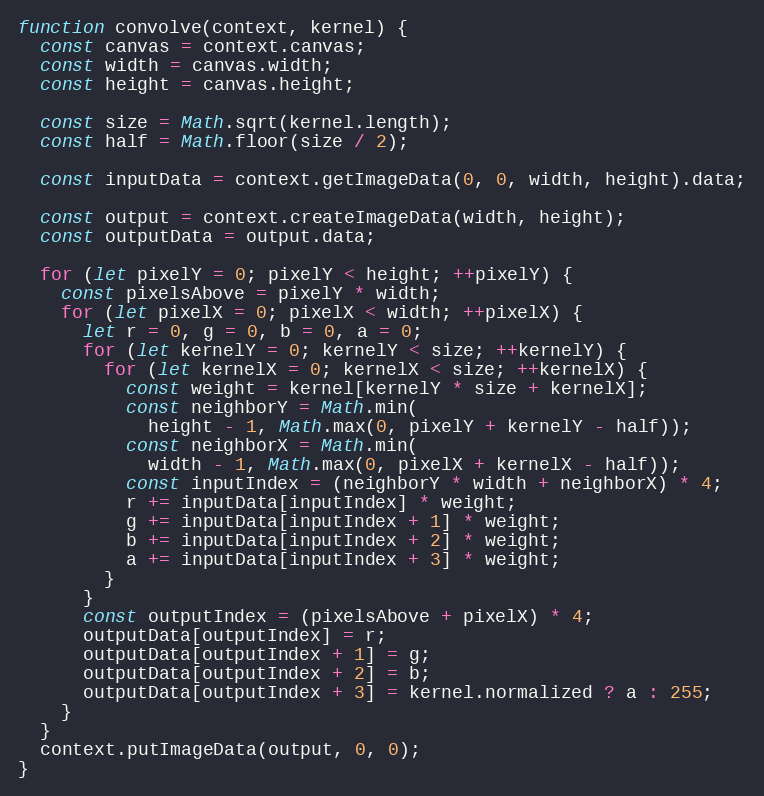
Language: JavaScript
function convolve(context, kernel) {
  const canvas = context.canvas;
  const width = canvas.width;
  const height = canvas.height;

  const size = Math.sqrt(kernel.length);
  const half = Math.floor(size / 2);

  const inputData = context.getImageData(0, 0, width, height).data;

  const output = context.createImageData(width, height);
  const outputData = output.data;

  for (let pixelY = 0; pixelY < height; ++pixelY) {
    const pixelsAbove = pixelY * width;
    for (let pixelX = 0; pixelX < width; ++pixelX) {
      let r = 0, g = 0, b = 0, a = 0;
      for (let kernelY = 0; kernelY < size; ++kernelY) {
        for (let kernelX = 0; kernelX < size; ++kernelX) {
          const weight = kernel[kernelY * size + kernelX];
          const neighborY = Math.min(
            height - 1, Math.max(0, pixelY + kernelY - half));
          const neighborX = Math.min(
            width - 1, Math.max(0, pixelX + kernelX - half));
          const inputIndex = (neighborY * width + neighborX) * 4;
          r += inputData[inputIndex] * weight;
          g += inputData[inputIndex + 1] * weight;
          b += inputData[inputIndex + 2] * weight;
          a += inputData[inputIndex + 3] * weight;
        }
      }
      const outputIndex = (pixelsAbove + pixelX) * 4;
      outputData[outputIndex] = r;
      outputData[outputIndex + 1] = g;
      outputData[outputIndex + 2] = b;
      outputData[outputIndex + 3] = kernel.normalized ? a : 255;
    }
  }
  context.putImageData(output, 0, 0);
}